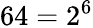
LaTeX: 64=2^{6}